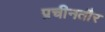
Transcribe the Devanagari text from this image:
प्रचीनतौर